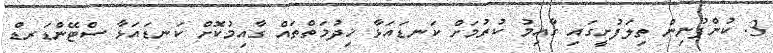
3. ކުންފުނިން ތިލަފުށީގައި ގާއިމު ކުރުމަށް ކަނޑައަޅާ ޚިދުމަތްތައް ގާއިމުކޮށް ކަނޑައަޅާ ސްޓޭންޑަރޑް